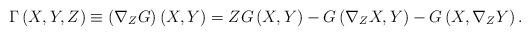
LaTeX: \begin{align*}\Gamma \left( X,Y,Z\right) \equiv \left( \nabla _{Z}G\right) \left(X,Y\right) =ZG\left( X,Y\right) -G\left( \nabla _{Z}X,Y\right) -G\left(X,\nabla _{Z}Y\right) . \end{align*}